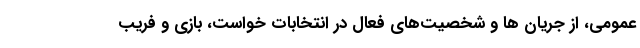
عمومی، از جریان ها و شخصیت‌های فعال در انتخابات خواست، بازی و فریب